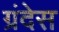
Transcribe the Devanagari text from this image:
ग्रंदेस